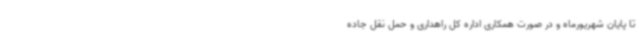
تا پایان شهریورماه و در صورت همکاری اداره کل راهداری و حمل نقل جاده